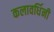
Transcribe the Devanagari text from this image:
कलावर्धिनी